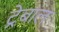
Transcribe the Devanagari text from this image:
ट्रेबाल